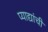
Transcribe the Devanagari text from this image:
प्याद्यांची